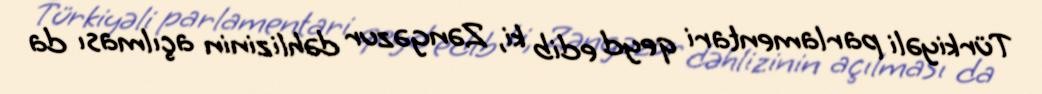
Türkiyəli parlamentari qeyd edib ki, Zəngəzur dəhlizinin açılması da